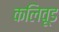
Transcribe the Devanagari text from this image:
कलिवूड